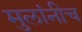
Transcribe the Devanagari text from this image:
मुलांनीच